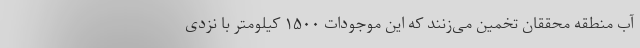
آب منطقه محققان تخمین می‌زنند که این موجودات ۱۵۰۰ کیلومتر با نزدی